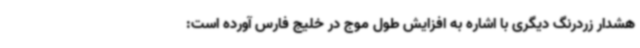
هشدار زردرنگ دیگری با اشاره به افزایش طول موج در خلیج فارس آورده است: